Medical and sanitary report of the native army of Madras for the year
Year: 1876
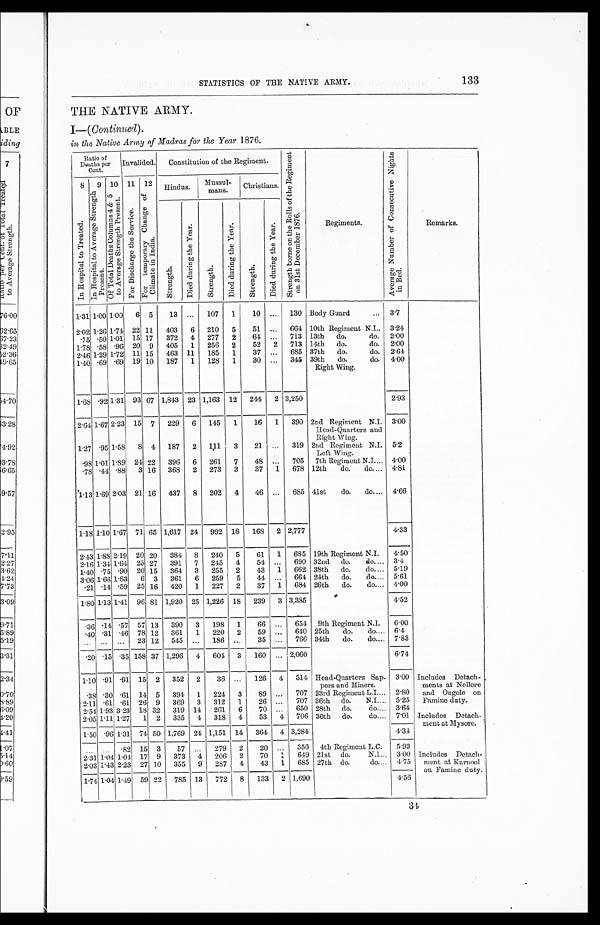
133
STATISTICS OF THE NATIVE ARMY.
THE NATIVE ARMY.
I— ( Continued).
in the Native Army of Madras for the Year 1876.
Ratio of
Deaths per
Cent.
I n v a l i d e d .
Constitution of the Regiment.
S t r e n g t h b o r n e o n t h e R o l l s o f t h e R e g i m e n t o n 3 1 s t D e c e m b e r 1 8 7 6 .
Regiments.
A v e r a g e N u m b e r o f C o n s e c u t i v e N i g h t s i n B e d .
Remarks.
8
I n H o s p i t a l t o T r e a t e d .
9
I n H o s p i t a l t o A v e r a g e S t r e n g t h p r e s e n t .
10
O f T o t a l D e a t h s , C o l u m n s 4 & 5 t o A v e r a g e S t r e n g t h p r e s e n t .
11
F o r D i s c h a r g e t h e S e r v i c e .
12
F o r T e m p o r a r y C h a n g e o f C l i m a t e i n I n d i a .
Hindus.
Mussul-
mans.
Christians.
S t r e n g t h .
D i e d d u r i n g t h e Y e a r .
S t r e n g t h .
D i e d d u r i n g t h e Y e a r .
S t r e n g t h .
D i e d d u r i n g t h e Y e a r .
1.31 1.00 1.00 6 5
13 ... 107 1
10 ... 130 Body Guard
3.7
2.02 1.26 1.74 22 11 403 6 210 5
51 ... 664 10th Regiment N.I. 3.24
.75 .50 1.01 15 17 372 4 277 2
64 ... 713 13th do.
do. 2.00
1.78 .58 .96 20 9 405 1 256 2
52 2 713 14th do.
do. 2.00
2.46 1.29 1.72 11 15 463 11 185 1
37 ... 685 37th do.
do. 2.64
1.40 .69 .69 19 10 187 1 128 1
30 ... 345 39th do.
do.
Right Wing.
4.00
1.68 .92 1.31 93 67 1,843 23 1,163 12 244 2 3,250
2.93
2.64 1.67 2.23 15 7 229 6 145 1
16 1 390 2nd Regiment N.I.
Head-Quarters and
Right Wing.
3.00
1.27 .95 1.58 8 4 187 2 111 3
21 ... 319 2nd Regiment N.I.
Left Wing.
5.2
. 9 8
1.01 1.89 21 22 396 6 261 7
48 ..
705 7th Regiment N.I.
4.00
.78 .44 .88 3 16 368 2 273 3
37 1 678 12th
do.
do.
4.81
1.13 1.69 2.03 21 16 437 8 202 4
46 ... 685 41st
do.
do.
4.66
1.18 1.10 1.67 71 65 1,617 24 992 18 168 2 2,777
4.33
2.43 1.88 2.19 20 20 384 8 240 5
61 1 685 19th Regiment N.I.
4.50
2.16 1.34 1.64 25 27 391 7 245 4
54 ...
690 32nd do.
do.
3.4
1.40 .75 .90 20 15 364 3 255 2
43 1 662 38th do.
do.
5.19
3.06 1.66 1.83 6 3 361 6 259 5
44 ... 664 24th do.
do.
5.61
21 .14 .59 25 16 420 1 227 2
37 1 684 26th do.
do.
4.00
1.80 1.13 1.41 96 81 1,920 25 1,226 18 239 3 3,385
4.52
.36 .14 .57 57 13 390 3 198 1
66 ... 654 9th Regiment N.I.
6.00
. 4 0
.31 .46 78 12 361 1 220 2
59 ... 640 25th do.
do.
6.4
. . .
... ... 23 12 545 ... 186 ...
35 ...
766 34th do.
do.
7.83
.20 .15 .35 158 37 1,296 4 604 3 160 ... 2,060
6.74
1.10 .91 .91 15 2 352 2
36 ...
126 4 514 Head-Quarters Sap-
pers and Miners.
3.00 Includes Detach
-
ments at Nellore
and Ongole on
Famine duty.
. 3 8
.30 .61 14 5 394 1 224 3
89 ... 707 23rd Regiment L.I.
2.80
2.11 .61 .61 26 9 369 3 312 1
26 ...
707 36th do.
N.I.
5.25
2.54 1.93 3.23 18 32 319 14 261 6
70 ... 650 28th do.
do.
3.64
2.05 1.11 1.27 1 2 335 4 318 4
53 4 706 30th do.
do.
7.01 Includes Detach
-ment at Mysore.
1.50 .96 1.31 74 50 1,769 21 1,151 14 364 4 3,284
4.34
. . .
. . .
.82 15 3
57 ...
279 2
20 ... 356 4th Regiment L.C.
5.93
2.31 1.04 1.04 17 9 373 4 206 2
70
1
649 21st do.
N.I.
3.00 Includes Detach-
ment at Kurnool
on Famine duty.
2.03 1.43 2.23 27 10 355 9 287 4
43 1 685 27th do.
do.
4.75
1.74 1.04 1.49 59 22 785 13 772 8 133 2 1,69 0
4.56
3